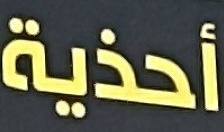
احذية